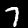
Digit: 7